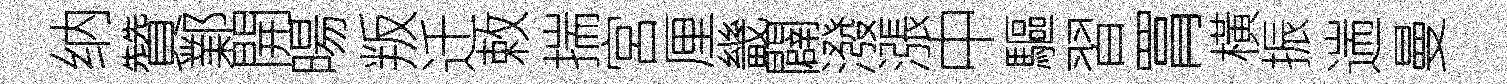
纳贊鄴開暘叛迁敕揣宮厘畿闢潑漲中驅習罥橫振遄曼